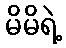
မိမိရဲ့